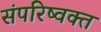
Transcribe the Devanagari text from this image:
संपरिष्वक्त